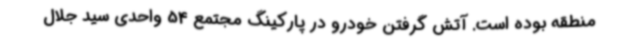
منطقه بوده است. آتش گرفتن خودرو در پارکینگ مجتمع 54 واحدی سید جلال